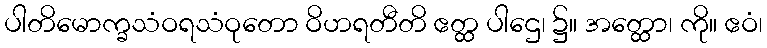
ပါတိမောက္ခသံဝရသံဝုတော ဝိဟရတီတိ ဧတ္ထ ပါဌေ၊ ၌။ အတ္ထော၊ ကို။ ဧဝံ၊